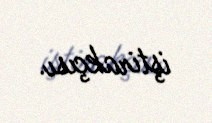
iştirakçısı.